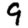
Digit: 9